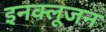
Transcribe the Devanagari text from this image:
इनक्लूजन